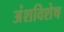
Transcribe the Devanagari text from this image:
अंशविशेष